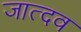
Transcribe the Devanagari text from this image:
जात्दव